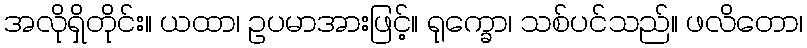
အလိုရှိတိုင်း။ ယထာ၊ ဥပမာအားဖြင့်။ ရုက္ခော၊ သစ်ပင်သည်။ ဖလိတော၊